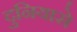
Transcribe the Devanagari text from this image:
दुनियासे